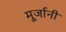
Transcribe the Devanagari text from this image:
मूर्जानी